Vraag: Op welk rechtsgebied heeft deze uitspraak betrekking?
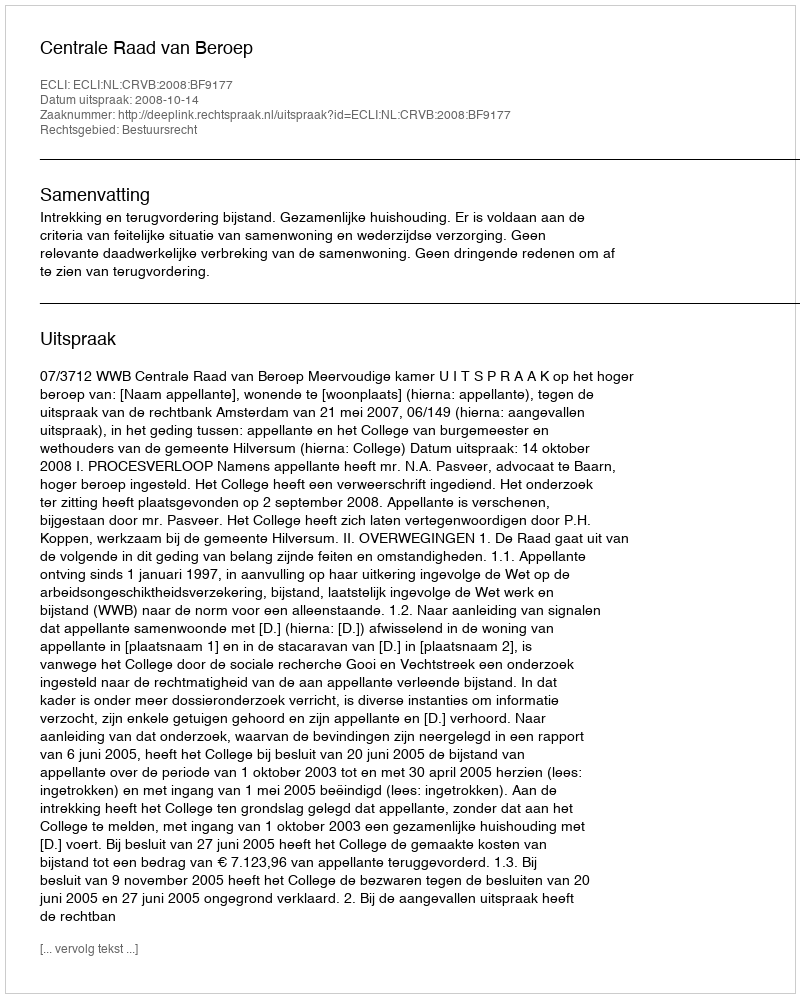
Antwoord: Bestuursrecht